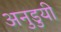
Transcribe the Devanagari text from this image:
अनुडुयी